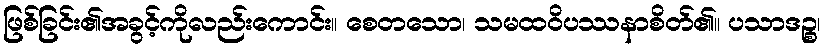
ဖြစ်ခြင်း၏အခွင့်ကိုလည်းကောင်း။ စေတသော၊ သမထဝိပဿနာစိတ်၏။ ပသာဒဉ္စ၊